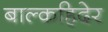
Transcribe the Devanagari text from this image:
बाल्कहिदेर